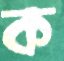
ক